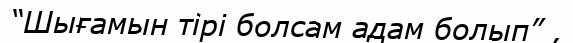
“Шығамын тірі болсам адам болып” ,